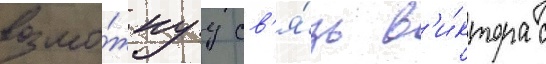
возмо́жнуу св'я́зь в'и́ктора с